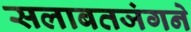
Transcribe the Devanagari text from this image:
सलाबतजंगने